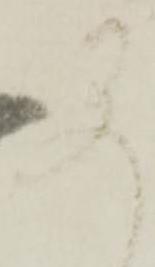
早